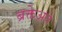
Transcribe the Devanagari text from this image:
ब्रक्तेअते